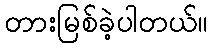
တားမြစ်ခဲ့ပါတယ်။